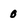
Character: 0